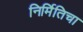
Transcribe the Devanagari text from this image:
निर्मितिचा